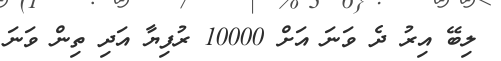
ލިބޭ އިރު ދެ ވަނަ އަށް 10000 ރުފިޔާ އަދި ތިން ވަނަ